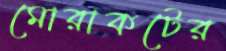
মোরাকটের